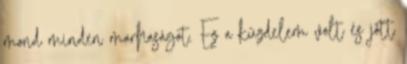
mond minden marhaságot. Ez a küzdelem volt és jött